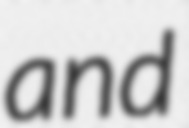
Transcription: and